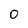
Character: o